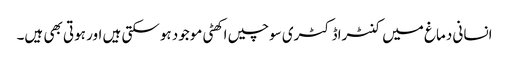
انسانی دماغ میں کنٹراڈکٹری سوچیں اکھٹی موجود ہوسکتی ہیں اور ہوتی بھی ہیں۔